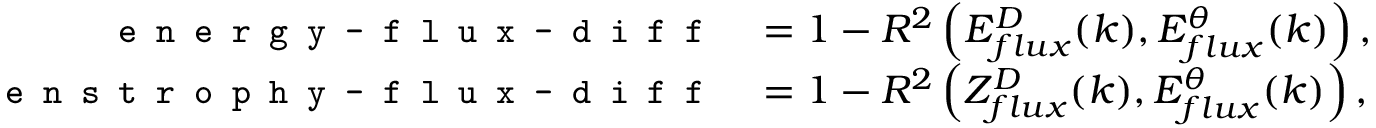
\begin{array} { r l } { \texttt { \small e n e r g y - f l u x - d i f f } } & { = 1 - R ^ { 2 } \left( E _ { f l u x } ^ { D } ( k ) , E _ { f l u x } ^ { \theta } ( k ) \right) , } \\ { \texttt { \small e n s t r o p h y - f l u x - d i f f } } & { = 1 - R ^ { 2 } \left( Z _ { f l u x } ^ { D } ( k ) , E _ { f l u x } ^ { \theta } ( k ) \right) , } \end{array}